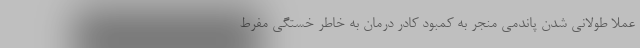
عملا طولانی شدن پاندمی منجر به کمبود کادر درمان به خاطر خستگی مفرط